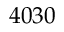
4 0 3 0